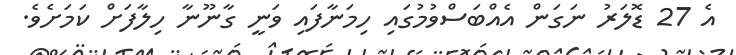
އެ 27 ޑޮލަރު ނަގަން އެއްބަސްވުމުގައި ހިމަނާފައި ވަނީ ގާނޫނާ ހިލާފަށް ކަމަށެވެ.